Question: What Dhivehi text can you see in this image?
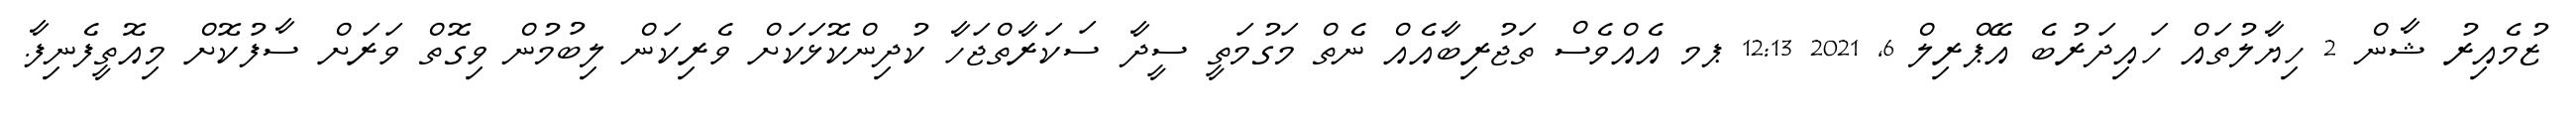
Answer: ޒުމެއިރު ޝާން 2 ހިޔާލުތައް ހައިދަރުބެ އޭޕްރިލް 6, 2021 12:13 ޕމ އެއްވެސް ތަޖުރިބާއެއް ނެތް މަގުމަތީ ސީދާ ސަކަރާތްޖަހާ ކުދިންކޮޅަކަށް ވެރިކަން ލިބުމުން ވިގޮތް ވަރަށް ސާފުކޮށް މިއޮތީފެނިފާ.